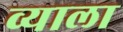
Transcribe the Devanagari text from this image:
व्याला